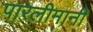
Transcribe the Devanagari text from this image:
पारलीमानी